Report on the lunatic asylums under the Government of Bombay - 1904-1913
Year: 1904
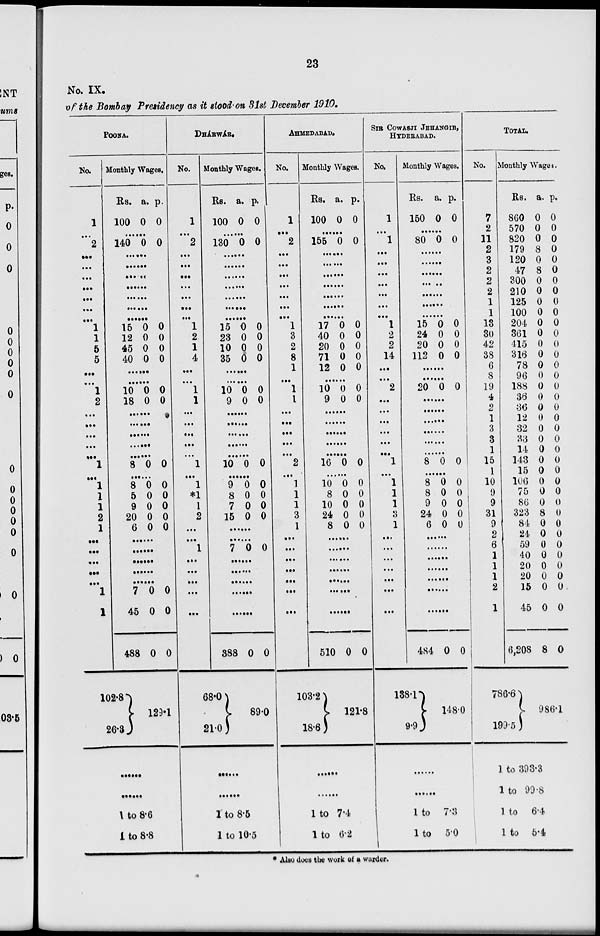
23
No. IX.
of the Bombay Presidency as it stood on 31st December 1910.
POONA.
No.
1
...
2
...
...
...
...
...
...
...
1
1
5
5
...
...
1
2
...
...
...
...
...
1
...
1
1
1
2
1
...
...
...
...
...
1
1
Monthly Wages.
Rs.
100
a.
0
p.
0
......
140 0 0
......
......
......
......
......
......
......
15
12
45
40
0
0
0
0
0
0
0
0
......
......
10
18
0
0
0
0
......
......
......
......
......
8 0 0
......
8
5
9
20
6
0
0
0
0
0
0
0
0
0
0
......
......
......
......
......
7
45
488
102.8
26.3
0
0
0
0
0
0
129.1
......
......
1 to 8.6
1 to 8.8
DHÁRWÁR.
No.
1
...
2
...
...
...
...
...
...
...
1
2
1
4
...
...
1
1
...
...
...
...
...
1
...
1
*1
1
2
...
...
1
...
...
...
...
...
Monthly Wages.
Rs.
100
a.
0
p.
0
......
130 0 0
......
......
......
......
......
......
......
15
23
10
35
0
0
0
0
0
0
0
0
......
......
10
9
0
0
0
0
......
......
......
......
......
10 0 0
......
9
8
7
15
0
0
0
0
0
0
0
0
......
......
7 0 0
......
......
......
......
......
388
68.0
21.0
0 0
89.0
......
......
1 to 8.5
1 to 10.5
AHMEDABAD.
No.
1
...
2
...
...
...
...
...
...
...
1
3
2
8
1
...
1
1
...
...
...
...
...
2
...
1
1
1
3
1
...
...
...
...
...
...
...
Monthly Wages.
Rs.
100
a.
0
p.
0
......
155 0 0
......
......
......
......
......
......
......
17
40
20
71
12
0
0
0
0
0
0
0
0
0
0
......
10
9
0
0
0
0
......
......
......
......
......
16 0 0
......
10
8
10
24
8
0
0
0
0
0
0
0
0
0
0
......
......
......
......
......
......
......
510
103.2
18.6
0 0
121.8
......
......
1 to 7.4
1 to 6.2
SIR COWASJI JEHANGIR,
HEDERABAD.
No.
1
...
1
...
...
...
...
...
...
...
1
2
2
14
...
...
2
...
...
...
...
...
...
1
...
1
1
1
3
1
...
...
...
...
...
...
...
Monthly Wages.
Rs.
150
a.
0
p.
0
......
80 0 0
......
......
......
......
......
......
......
15
24
20
112
0
0
0
0
0
0
0
0
......
......
20 0 0
......
......
......
......
......
......
8 0 0
......
8
8
9
24
6
0
0
0
0
0
0
0
0
0
0
......
......
......
......
......
......
......
484
138.1
9.9
0 0
148.0
......
......
1 to 7.3
1 to 5.0
TOTAL.
No.
7
2
11
2
3
2
2
2
1
1
13
30
42
38
6
8
19
4
2
1
3
3
1
15
1
10
9
9
31
9
2
6
1
1
1
2
1
Monthly Wages.
Rs.
860
570
820
179
120
47
300
210
125
100
204
361
415
316
78
96
188
36
36
12
32
33
14
143
15
106
75
86
323
84
24
59
40
20
20
15
45
6,208
786.6
199.5
a.
0
0
0
8
0
8
0
0
0
0
0
0
0
0
0
0
0
0
0
0
0
0
0
0
0
0
0
0
8
0
0
0
0
0
0
0
0
8
p.
0
0
0
0
0
0
0
0
0
0
0
0
0
0
0
0
0
0
0
0
0
0
0
0
0
0
0
0
0
0
0
0
0
0
0
0
0
0
986.1
1 to 393.3
1 to 99.8
1 to
6.4
1 to
5.4
* Also does the work of a warder.